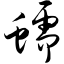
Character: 蠕